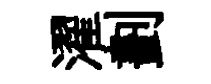
濯劃